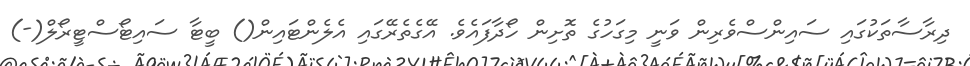
ދިރާސާތަކުގައި ސައިންސްވެރިން ވަނީ މިގަހުގެ ތޮށިން ހޯދާފައެވެ. އޭގެތެރޭގައި އެލެންޓައިން() ބީޓާ ސައިޓޯސްޓީރޯލް(-)